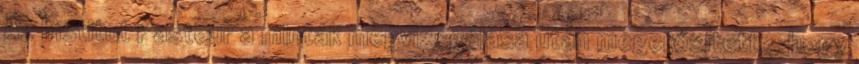
Az Institut Pasteur a minták megvizsgálása után megerősítette, hogy